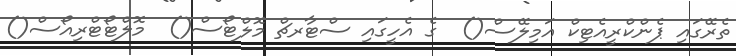
ތެރޭގައި ޕެންކްރީއެޓިކް އަމިލޭސް()  ގެ އެހީގައި ސްޓާރޗް މޮލްޓޯސް()  މޮލްޓޯޓްރިއޯސް()